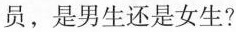
员，是男生还是女生?